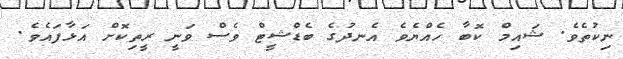
ނިކުތެވެ. ޝައިމް ކޮބާ ހެއްޔެވެ އެނދުގެ ބެޑްޝީޓް ވެސް ވަނީ ރީތިކޮށް އަޅާފައެވެ.